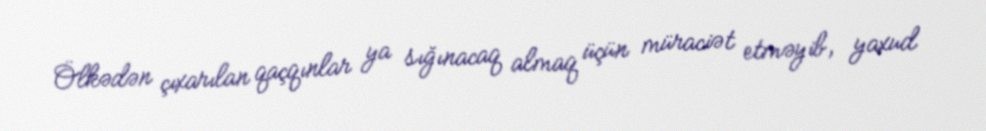
Ölkədən çıxarılan qaçqınlar ya sığınacaq almaq üçün müraciət etməyib, yaxud